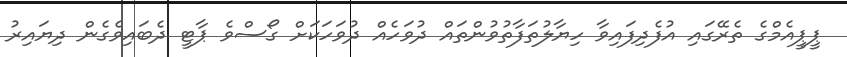
ޕީޕީއެމްގެ ތެރޭގައި އުފެދިފައިވާ ހިޔާލުތަފާތުވުންތައް ދުވަހެއް ދުވަހަކަށް ގޯސްވެ ޕާޓީ ދެބައިވެގެން ދިޔައިރު